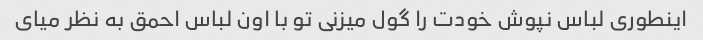
اینطوری لباس نپوش خودت را گول میزنی تو با اون لباس احمق به نظر میای